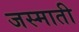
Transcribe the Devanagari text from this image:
जस्माती